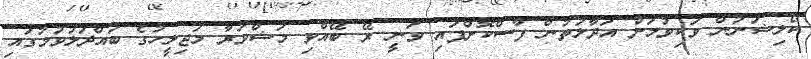
ކޯލިޝަނުން ވަކިވުމަށް އަދާލަތުން ފާސްކޮށްފައި ވަނީ ރޭ ބޭއްވި މަޝްވަރާ މަޖިލީހުގެ ބައްދަލުވުމުގައި